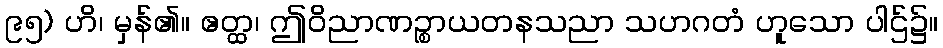
၉၅) ဟိ၊ မှန်၏။ ဧတ္ထ၊ ဤဝိညာဏဉ္စာယတနသညာ သဟဂတံ ဟူသော ပါဌ်၌။